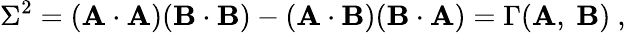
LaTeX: \Sigma^{2}=(\mathbf{A\cdot A})(\mathbf{B\cdot B})-(\mathbf{A\cdot B})(\mathbf{B\cdot A})=\Gamma(\mathbf{A},\ \mathbf{B})\ ,